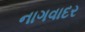
નાગવાદર